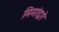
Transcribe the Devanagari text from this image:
मिमांद्वारे